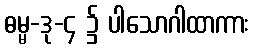
ဓမ္မ-ဒု-၄ ၌ ပါသောဂါထာကား